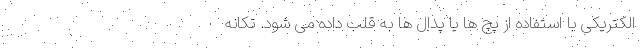
الکتریکی با استفاده از پچ ها یا پدال ها به قلب داده می شود. تکانه